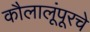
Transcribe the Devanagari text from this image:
कौलालूंपूरचे